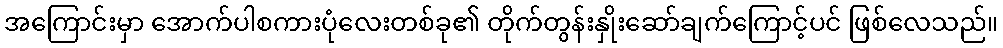
အကြောင်းမှာ အောက်ပါစကားပုံလေးတစ်ခု၏ တိုက်တွန်းနှိုးဆော်ချက်ကြောင့်ပင် ဖြစ်လေသည်။